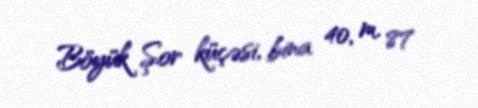
Böyük Şor küçəsi, bina 40, m. 87